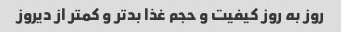
روز به روز کیفیت و حجم غذا بد‌تر و کمتر از دیروز